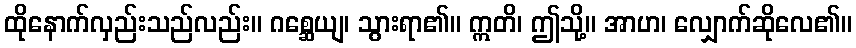
ထိုနောက်လှည်းသည်လည်း။ ဂစ္ဆေယျ၊ သွားရာ၏။ ဣတိ၊ ဤသို့။ အာဟ၊ လျှောက်ဆိုလေ၏။